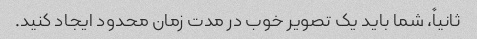
ثانیاً، شما باید یک تصویر خوب در مدت زمان محدود ایجاد کنید.